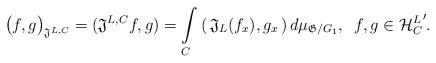
LaTeX: \begin{align*}\big(f, g \big)_{\mathfrak{J}^{L,C}} = (\mathfrak{J}^{L,C} f, g) = \int \limits_{C} \, (\, \mathfrak{J}_L (f_x ), g_x \,) \, d\mu_{\mathfrak{G}/G_1}, \,\,\, f,g \in {\mathcal{H}^{L}_{C}}'.\end{align*}